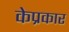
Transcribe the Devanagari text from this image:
केप्रकार